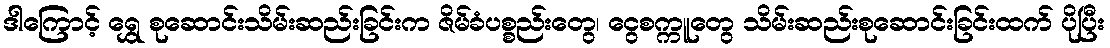
ဒါကြောင့် ရွှေ စုဆောင်းသိမ်းဆည်းခြင်းက ဇိမ်ခံပစ္စည်းတွေ၊ ငွေစက္ကူတွေ သိမ်းဆည်းစုဆောင်းခြင်းထက် ပိုပြီး